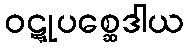
ဝဋ္ဋုပစ္ဆေဒါယ